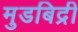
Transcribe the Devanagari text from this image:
मुडबिद्री